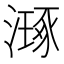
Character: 𣽗